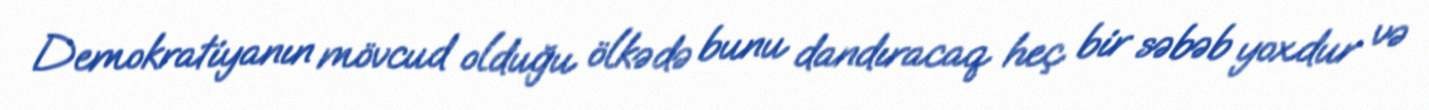
Demokratiyanın mövcud olduğu ölkədə bunu dandıracaq heç bir səbəb yoxdur və